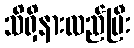
သိရှိနားလည်ပြီး